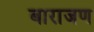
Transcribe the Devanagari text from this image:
बाराजण